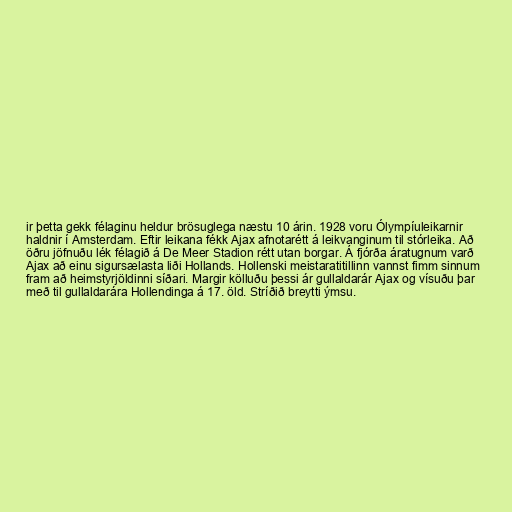
ir þetta gekk félaginu heldur brösuglega næstu 10 árin. 1928 voru Ólympíuleikarnir
haldnir í Amsterdam. Eftir leikana fékk Ajax afnotarétt á leikvanginum til stórleika. Að
öðru jöfnuðu lék félagið á De Meer Stadion rétt utan borgar. Á fjórða áratugnum varð
Ajax að einu sigursælasta liði Hollands. Hollenski meistaratitillinn vannst fimm sinnum
fram að heimstyrjöldinni síðari. Margir kölluðu þessi ár gullaldarár Ajax og vísuðu þar
með til gullaldarára Hollendinga á 17. öld. Stríðið breytti ýmsu.